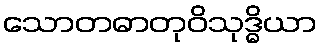
သောတဓာတုဝိသုဒ္ဓိယာ